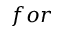
f o r